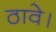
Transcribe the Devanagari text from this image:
ठावे।